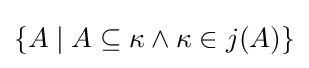
\{A\mid A\subseteq \kappa \land \kappa \in j(A)\}